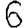
Digit: 6